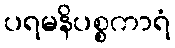
ပရမနိပစ္စကာရံ